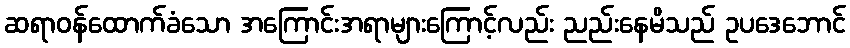
ဆရာဝန်ထောက်ခံသော အကြောင်းအရာများကြောင့်လည်း ညည်းနေမိသည် ဥပဒေဘောင်